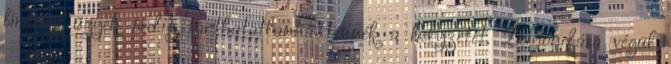
bírósági ügyek pedig tarthatatlanná tennék a helyzetét. Lemondása végül